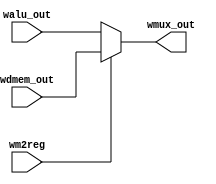
`timescale 1ns / 1ps
//////////////////////////////////////////////////////////////////////////////////
// Company: 
// Engineer: 
// 
// Design Name: junwoo seo
// Module Name: WMUX
// Project Name: mips
// Target Devices: 
// Tool Versions: 
// Description: 
// 
// Dependencies: 
// 
// Revision:
// Revision 0.01 - File Created
// Additional Comments:
// 
//////////////////////////////////////////////////////////////////////////////////


module WMUX(    
    input wire wm2reg,
    input wire [31:0] walu_out,
    input wire [31:0] wdmem_out,
    output reg [31:0] wmux_out);
 
always@(walu_out or wdmem_out or wm2reg)
begin

if (wm2reg)
begin
wmux_out <= wdmem_out;
end
else
begin
wmux_out <= walu_out;
end
end
 
endmodule